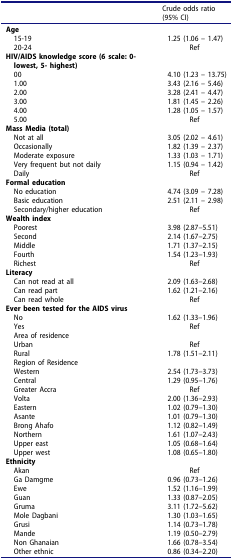
<table><thead><tr><td><b> </b></td><td><b>Crude odds ratio(95% CI)</b></td></tr></thead><tbody><tr><td><b>Age</b></td><td> </td></tr><tr><td> 15-19</td><td>1.25 (1.06 – 1.47)</td></tr><tr><td> 20-24</td><td>Ref</td></tr><tr><td><b>HIV/AIDS knowledge score (6 scale: 0-lowest, 5- highest)</b></td><td> </td></tr><tr><td> 00</td><td>4.10 (1.23 – 13.75)</td></tr><tr><td> 1.00</td><td>3.43 (2.16 – 5.46)</td></tr><tr><td> 2.00</td><td>3.28 (2.41 – 4.47)</td></tr><tr><td> 3.00</td><td>1.81 (1.45 – 2.26)</td></tr><tr><td> 4.00</td><td>1.28 (1.05 – 1.57)</td></tr><tr><td> 5.00</td><td>Ref</td></tr><tr><td><b>Mass Media (total)</b></td><td> </td></tr><tr><td> Not at all</td><td>3.05 (2.02 – 4.61)</td></tr><tr><td> Occasionally</td><td>1.82 (1.39 – 2.37)</td></tr><tr><td> Moderate exposure</td><td>1.33 (1.03 – 1.71)</td></tr><tr><td> Very frequent but not daily</td><td>1.15 (0.94 – 1.42)</td></tr><tr><td> Daily</td><td>Ref</td></tr><tr><td><b>Formal education</b></td><td> </td></tr><tr><td> No education</td><td>4.74 (3.09 – 7.28)</td></tr><tr><td> Basic education</td><td>2.51 (2.11 – 2.98)</td></tr><tr><td> Secondary/higher education</td><td>Ref</td></tr><tr><td><b>Wealth index</b></td><td> </td></tr><tr><td> Poorest</td><td>3.98 (2.87–5.51)</td></tr><tr><td> Second</td><td>2.14 (1.67–2.75)</td></tr><tr><td> Middle</td><td>1.71 (1.37–2.15)</td></tr><tr><td> Fourth</td><td>1.54 (1.23–1.93)</td></tr><tr><td> Richest</td><td>Ref</td></tr><tr><td><b>Literacy</b></td><td> </td></tr><tr><td> Can not read at all</td><td>2.09 (1.63–2.68)</td></tr><tr><td> Can read part</td><td>1.62 (1.21–2.16)</td></tr><tr><td> Can read whole</td><td>Ref</td></tr><tr><td><b>Ever been tested for the AIDS virus</b></td><td> </td></tr><tr><td> No</td><td>1.62 (1.33–1.96)</td></tr><tr><td> Yes</td><td>Ref</td></tr><tr><td> Area of residence</td><td> </td></tr><tr><td> Urban</td><td>Ref</td></tr><tr><td> Rural</td><td>1.78 (1.51–2.11)</td></tr><tr><td> Region of Residence</td><td> </td></tr><tr><td> Western</td><td>2.54 (1.73–3.73)</td></tr><tr><td> Central</td><td>1.29 (0.95–1.76)</td></tr><tr><td> Greater Accra</td><td>Ref</td></tr><tr><td> Volta</td><td>2.00 (1.36–2.93)</td></tr><tr><td> Eastern</td><td>1.02 (0.79–1.30)</td></tr><tr><td> Asante</td><td>1.01 (0.79–1.30)</td></tr><tr><td> Brong Ahafo</td><td>1.12 (0.82–1.49)</td></tr><tr><td> Northern</td><td>1.61 (1.07–2.43)</td></tr><tr><td> Upper east</td><td>1.05 (0.68–1.64)</td></tr><tr><td> Upper west</td><td>1.08 (0.65–1.80)</td></tr><tr><td><b>Ethnicity</b></td><td> </td></tr><tr><td> Akan</td><td>Ref</td></tr><tr><td> Ga Damgme</td><td>0.96 (0.73–1.26)</td></tr><tr><td> Ewe</td><td>1.52 (1.16–1.99)</td></tr><tr><td> Guan</td><td>1.33 (0.87–2.05)</td></tr><tr><td> Gruma</td><td>3.11 (1.72–5.62)</td></tr><tr><td> Mole Dagbani</td><td>1.30 (1.03–1.65)</td></tr><tr><td> Grusi</td><td>1.14 (0.73–1.78)</td></tr><tr><td> Mande</td><td>1.19 (0.50–2.79)</td></tr><tr><td> Non Ghanaian</td><td>1.66 (0.78–3.54)</td></tr><tr><td> Other ethnic</td><td>0.86 (0.34–2.20)</td></tr></tbody></table>